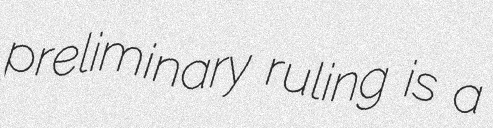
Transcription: preliminary ruling is a